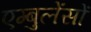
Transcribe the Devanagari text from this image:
एम्बुलेंसों